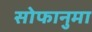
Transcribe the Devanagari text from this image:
सोफानुमा